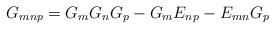
LaTeX: \begin{align*}G_{mnp} = G_{m}G_{n}G_{p}-G_{m}E_{np}-E_{mn}G_{p}\end{align*}